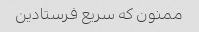
ممنون که سریع فرستادین